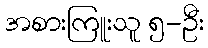
အစားကြူးသူ ၅-ဦး